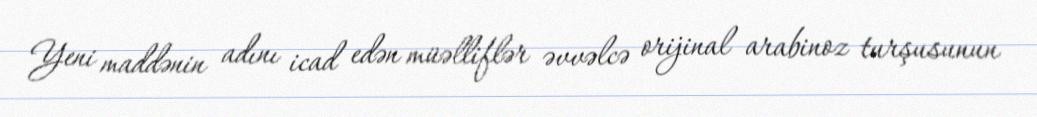
Yeni maddənin adını icad edən müəlliflər əvvəlcə orijinal arabinoz turşusunun